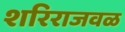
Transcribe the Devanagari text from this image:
शरिराजवळ